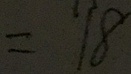
= 1 8